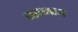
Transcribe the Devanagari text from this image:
बडगाव